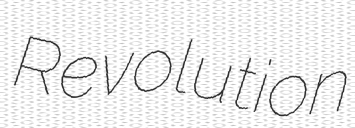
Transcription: Revolution